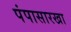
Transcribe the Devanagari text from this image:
पंपासारखा